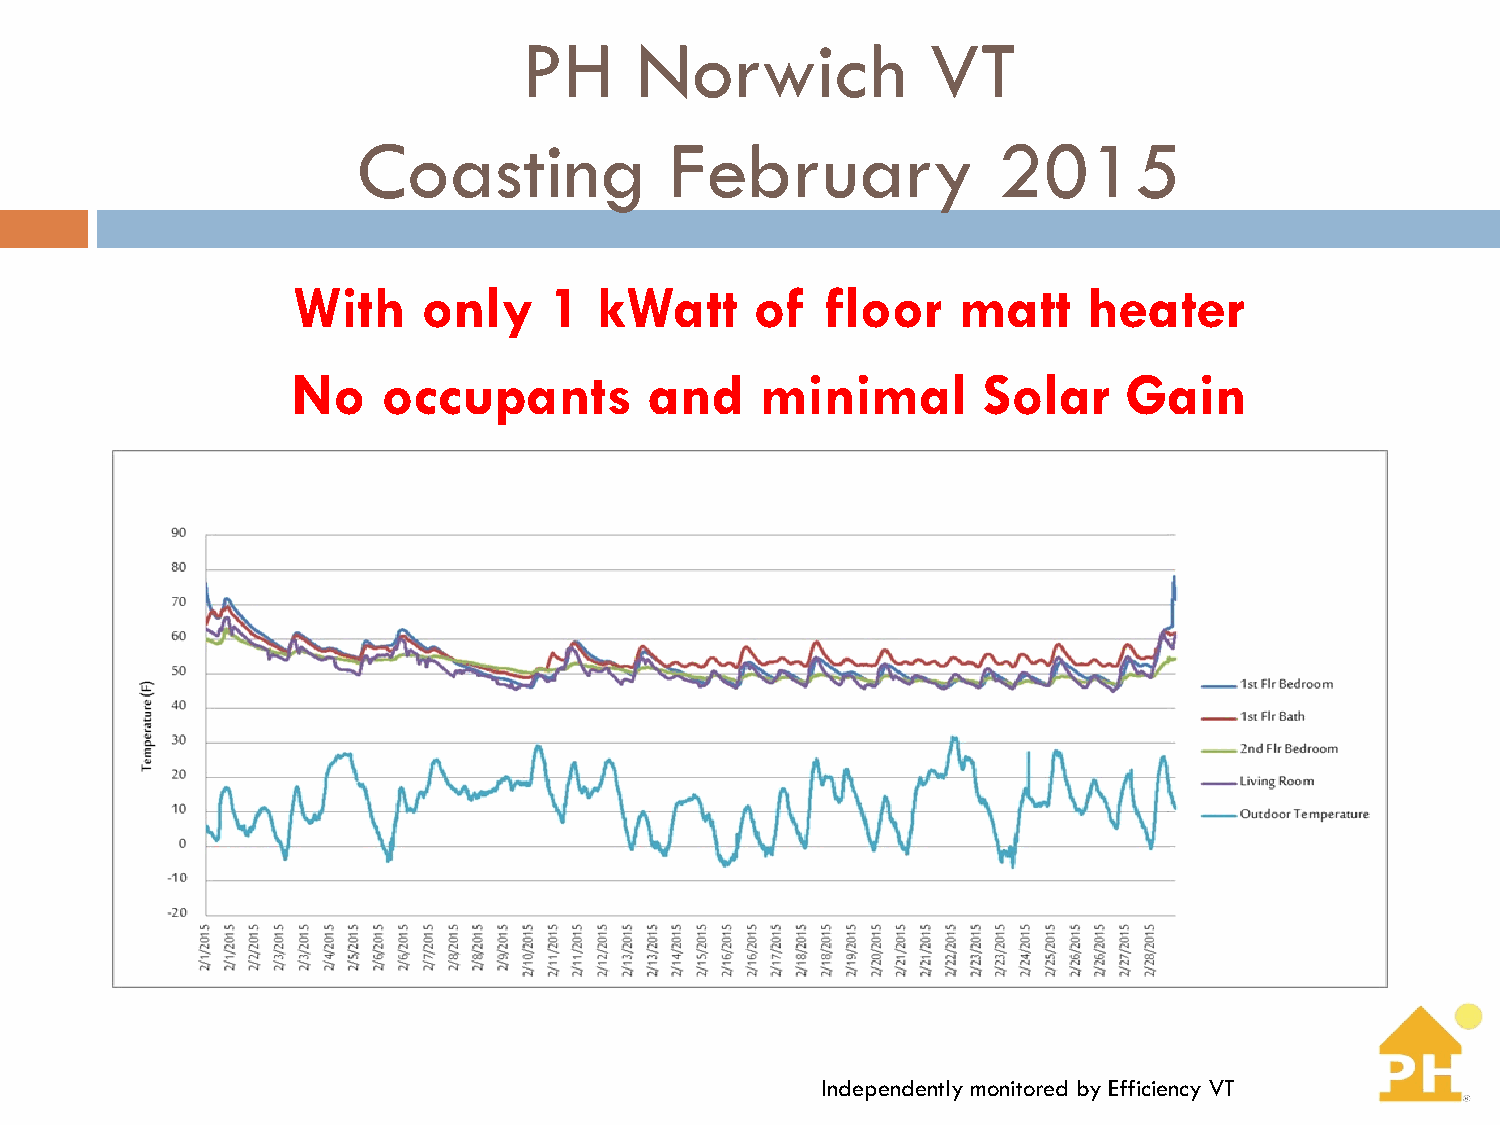
PH     Norwich             VT
 Coasting            February              2015
 With     only    1   kWatt     of   floor   matt     heater
 No    occupants         and    minimal        Solar     Gain
 Independently monitored by Efficiency VT